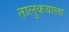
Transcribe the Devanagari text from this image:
तालुकयाला